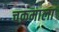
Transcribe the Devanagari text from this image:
चक्रमाला